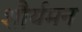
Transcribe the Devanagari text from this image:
शौर्यमन